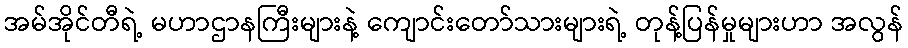
အမ်အိုင်တီရဲ့ မဟာဌာနကြီးများနဲ့ ကျောင်းတော်သားများရဲ့ တုန့်ပြန်မှုများဟာ အလွန်